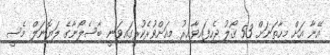
އޭނާ އަށް މިހާތަނަށް 53 ގޯލު ޖެހިފައިވާއިރު މިއަށްވުރެކުރީގައިވަނީ ބާސެލޯނާގެ ލަޔޮނަލް މެސީ